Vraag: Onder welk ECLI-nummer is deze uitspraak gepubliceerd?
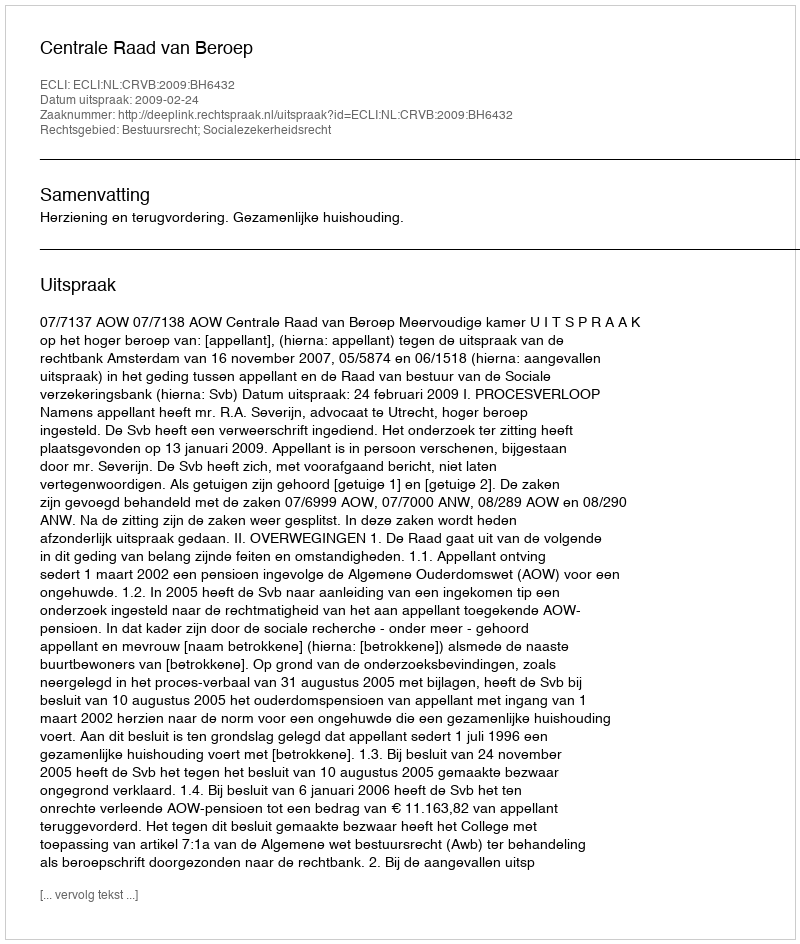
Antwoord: ECLI:NL:CRVB:2009:BH6432